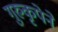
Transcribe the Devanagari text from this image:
गुरुकृपेने